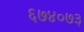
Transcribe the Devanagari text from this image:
६७४०७३